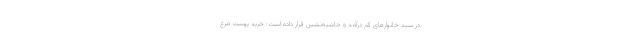
در سبد خانوار‌های کم درآمد و حاشیه‌نشین قرار داده است: خرید پوست مرغ